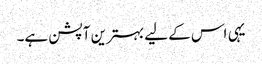
یہی اس کے لیے بہترین آپشن ہے۔